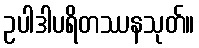
ဥပါဒါပရိတဿနသုတ်။